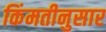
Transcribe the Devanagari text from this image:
किंमतीनुसार